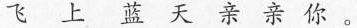
飞上蓝天亲亲你。